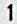
1